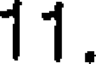
11.